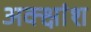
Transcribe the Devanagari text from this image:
अक्क्षांश